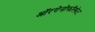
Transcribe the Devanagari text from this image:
ऑरगेनोफॉस्फेट